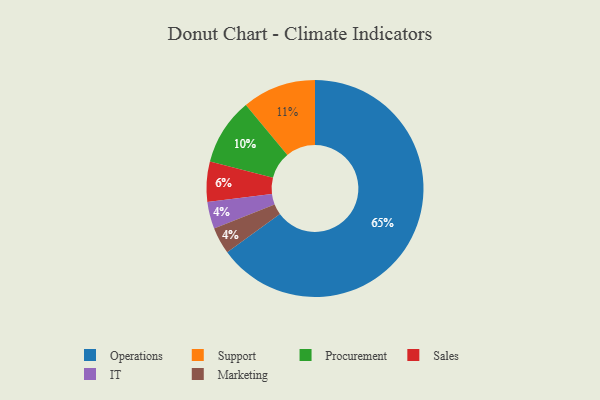
{"axis": {"x": "Category", "y": "Percentage"}, "legend": ["IT", "Marketing", "Operations", "Procurement", "Sales", "Support"], "data": [{"x": "IT", "y": 4, "type": "IT"}, {"x": "Support", "y": 11, "type": "Support"}, {"x": "Sales", "y": 6, "type": "Sales"}, {"x": "Marketing", "y": 4, "type": "Marketing"}, {"x": "Operations", "y": 65, "type": "Operations"}, {"x": "Procurement", "y": 10, "type": "Procurement"}]}